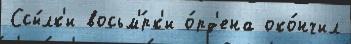
Ссы́лк'и восьм'́рк'и о́рд'ена око́нчил